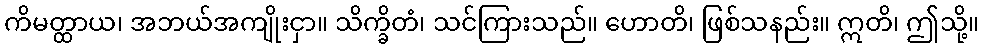
ကိမတ္ထာယ၊ အဘယ်အကျိုးငှာ။ သိက္ခိတံ၊ သင်ကြားသည်။ ဟောတိ၊ ဖြစ်သနည်း။ ဣတိ၊ ဤသို့။